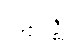
ပဋိဝိဇ္ဈိ